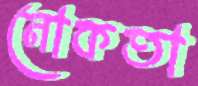
নোকতা